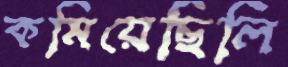
কমিয়েছিলি